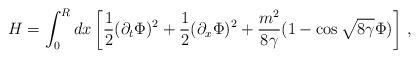
LaTeX: \begin{align*}H=\int _0^R dx \left [ \frac {1}{2} (\partial _t \Phi )^2 + \frac {1}{2}(\partial _x \Phi )^2 + \frac {m^2}{8\gamma}(1-\cos {\sqrt {8\gamma}}\Phi )\right ] \, ,\end{align*}